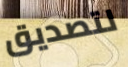
لتصديق